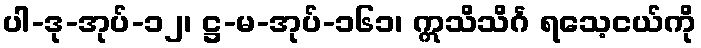
ပါ-ဒု-အုပ်-၁၂၊ ဋ္ဌ-မ-အုပ်-၁၆၁၊ ဣသိသိင်္ဂ ရသေ့ငယ်ကို